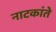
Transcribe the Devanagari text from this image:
नाटकांते